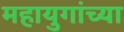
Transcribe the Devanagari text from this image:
महायुगांच्या